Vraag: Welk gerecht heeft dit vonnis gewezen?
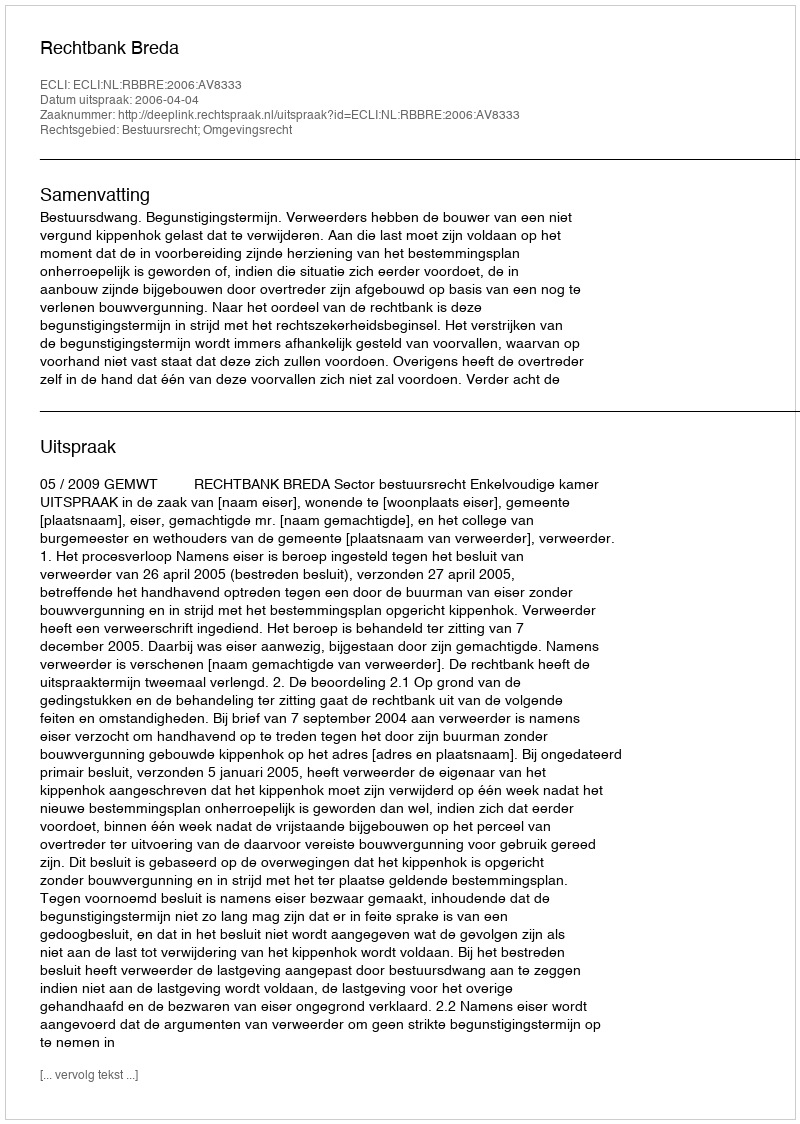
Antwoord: Rechtbank Breda